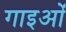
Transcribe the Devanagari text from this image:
गाइओं